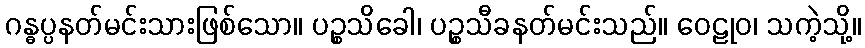
ဂန္ဓပ္ပနတ်မင်းသားဖြစ်သော။ ပဉ္စသိခေါ၊ ပဉ္စသီခနတ်မင်းသည်။ ဝေဠုဝ၊ သကဲ့သို့။